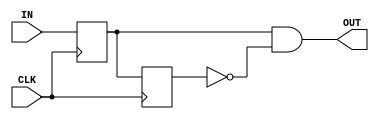
`timescale 1ns / 1ps
module pulse(
  input IN,
  input CLK,
  output wire OUT
);

reg A;
reg B;

assign OUT = A & ~B;

always @(posedge CLK)
begin
  A <= IN;
  B <= A;
end

initial
begin
  A <= 0;
  B <= 0;
end

endmodule